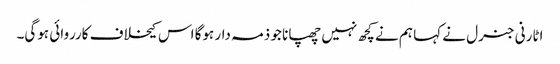
اٹارنی جنرل نے کہا ہم نے کچھ نہیں چھپانا جو ذمہ دار ہوگا اس کیخلاف کارروائی ہوگی۔